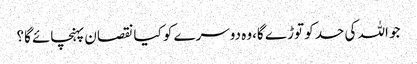
جو اللہ کی حد کو توڑ ے گا،وہ دوسرے کو کیا نقصان پہنچائے گا؟